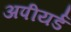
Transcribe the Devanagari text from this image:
अपीयर्ड